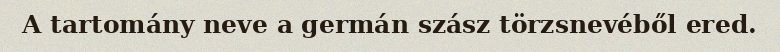
A tartomány neve a germán szász törzsnevéből ered.